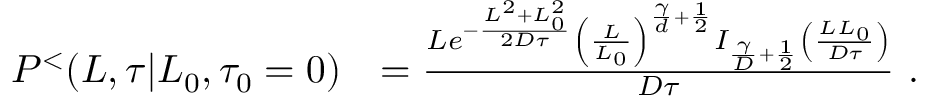
\begin{array} { r l } { P ^ { < } ( L , \tau | L _ { 0 } , \tau _ { 0 } = 0 ) } & { = \frac { L e ^ { - \frac { L ^ { 2 } + L _ { 0 } ^ { 2 } } { 2 D \tau } } \left( \frac { L } { L _ { 0 } } \right) ^ { \frac { \gamma } { d } + \frac { 1 } { 2 } } I _ { \frac { \gamma } { D } + \frac { 1 } { 2 } } \left( \frac { L L _ { 0 } } { D \tau } \right) } { D \tau } \ . } \end{array}